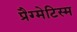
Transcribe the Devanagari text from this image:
प्रैग्मेटिस्म